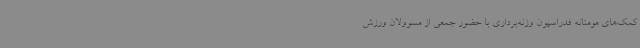
کمک‌های مومنانه فدراسیون وزنه‌برداری با حضور جمعی از مسوولان ورزش